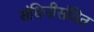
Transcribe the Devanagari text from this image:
संधिनीसंवित